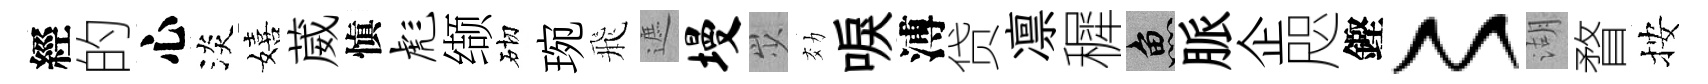
經的心淡嬉葳愼彪缬砌琬飛遮墁𡵯効唳溥贷凛穉魚脈企咫鏗〻湖瞀按